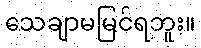
သေချာမမြင်ရဘူး။